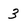
Character: 3